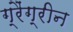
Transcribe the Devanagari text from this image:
ग्रैंग्रीन